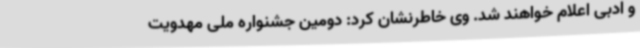
و ادبی اعلام خواهند شد. وی خاطرنشان کرد: دومین جشنواره ملی مهدویت